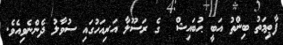
ފާޠިމަތު ބިންތު އަބީ ޙުބައިޝް  ގެ ރަސޫލާ އަރިއަހުގައި ސުވާލު ދެންނެވިއެވެ.